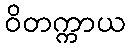
ဝိတက္ကာယ